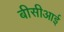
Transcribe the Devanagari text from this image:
बीसीआई